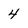
Character: 4